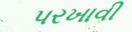
પરખાવી